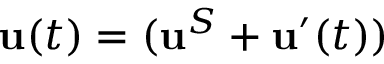
\mathbf { u } ( t ) = ( \mathbf { u } ^ { S } + \mathbf { u } ^ { \prime } ( t ) )